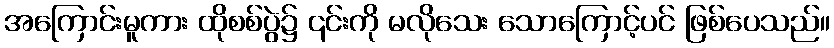
အကြောင်းမူကား ထိုစစ်ပွဲ၌ ၎င်းကို မလိုသေး သောကြောင့်ပင် ဖြစ်ပေသည်။